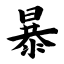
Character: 暴